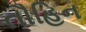
તૌહિન